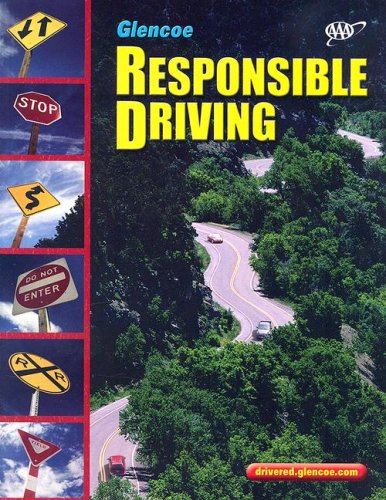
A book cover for Responsible Driving, Softcover Student Edition (SPORTS'LIKE/RESPNS'BLE DRIVING); McGraw-Hill Education; Test Preparation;